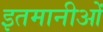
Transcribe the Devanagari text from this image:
इतमानीओं